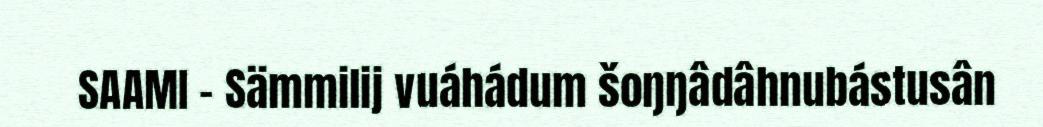
SAAMI – Sämmilij vuáhádum šoŋŋâdâhnubástusân